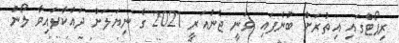
ރިޕޯޓްގައި އިތުރަށް ބުނެފައި ވަނީ ޖެނުއަރީ 2021 ގެ ނިޔަލަށް ދައްކާފައިވާ ލޯނު